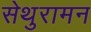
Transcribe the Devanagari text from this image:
सेथुरामन